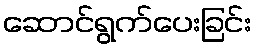
ဆောင်ရွက်ပေးခြင်း